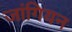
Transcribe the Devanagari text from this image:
जांगियन